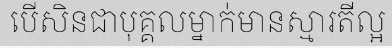
បើសិនជាបុគ្គលម្នាក់មានស្មារតីល្អ